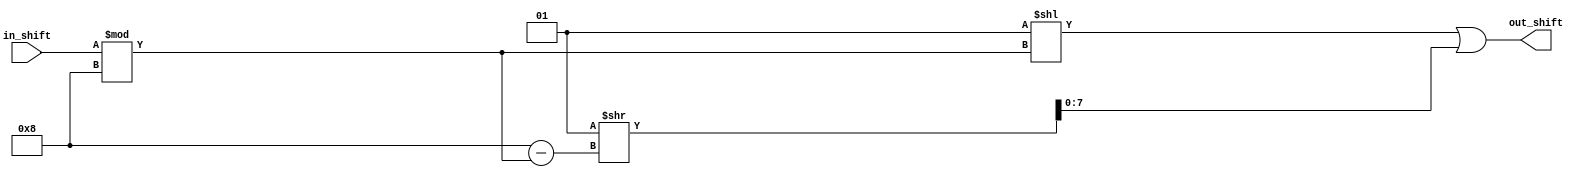
module c_shl_8(in_shift, out_shift);
	input [0:31] in_shift;
	output [0:7] out_shift;
	assign out_shift = (1 << (in_shift % 8)) | (1 >> (8 - (in_shift % 8)));
endmodule

module c_shl_19(in_shift, out_shift);
	input [0:31] in_shift;
	output [0:18] out_shift;
	assign out_shift = (1 << (in_shift % 19)) | (1 >> (19 - (in_shift % 19)));
endmodule